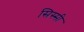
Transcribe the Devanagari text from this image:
सिस्सी